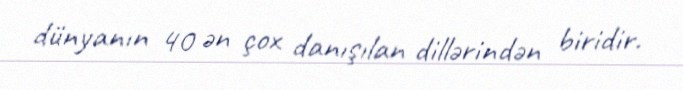
dünyanın 40 ən çox danışılan dillərindən biridir.